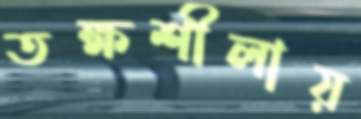
তক্ষশীলায়